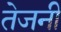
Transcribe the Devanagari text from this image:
तेजनी